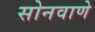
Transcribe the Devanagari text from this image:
सोनवाणे